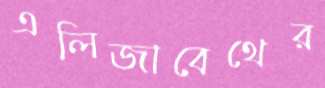
এলিজাবেথের